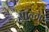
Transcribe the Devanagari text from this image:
सान्ग